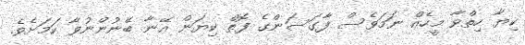
ކިޔާ ހިތްވާ މީހެއް ނަމަވެސް ފާގަސަންގެ ފޮތް ކިޔަން އޭނާ ބޭނުންނުވާ ކަމަށެވެ.